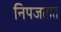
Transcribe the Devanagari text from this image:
निपजतात